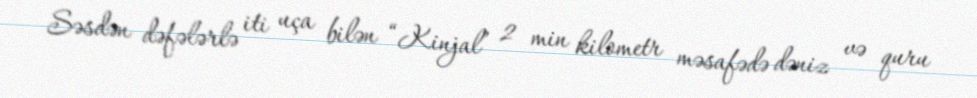
Səsdən dəfələrlə iti uça bilən “Kinjal” 2 min kilometr məsafədə dəniz və quru